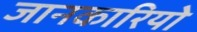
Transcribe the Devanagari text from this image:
जानकारियो